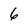
Character: 6